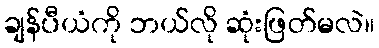
ချန်ပီယံကို ဘယ်လို ဆုံးဖြတ်မလဲ။